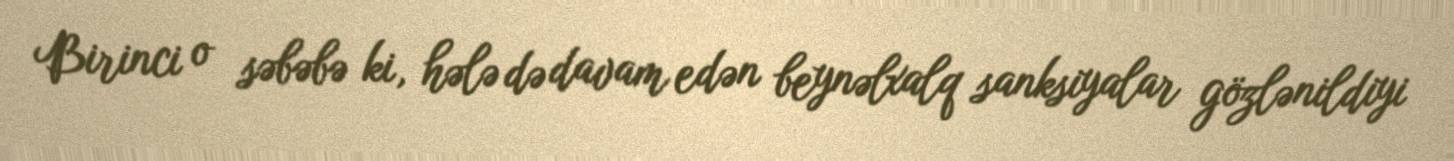
Birinci o səbəbə ki, hələ də davam edən beynəlxalq sanksiyalar gözlənildiyi